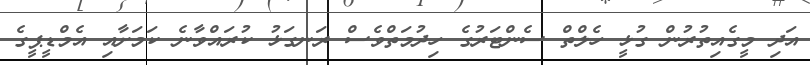
އަދި މީގެއިތުރުން ގުޅީ ހެލްތް ސެންޓަރުގެ ހިދުމަތްވެސް ރަނގަޅު ކުރައްވާނެ ކަމަށާއި އެމްޑީޕީގެ